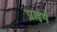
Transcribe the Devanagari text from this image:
प्राइमे